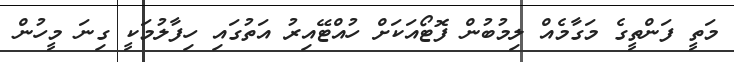
މަތީ ފަންތީގެ މަގާމެއް ލިމުބުން ފޮޓޯއަކަށް ހުއްޓޭއިރު އަތުގައި ހިފާލުމަކީ ގިނަ މީހުން